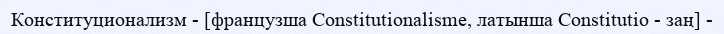
Конституционализм - [французша Constitutionalisme, латынша Constitutio - заң] -